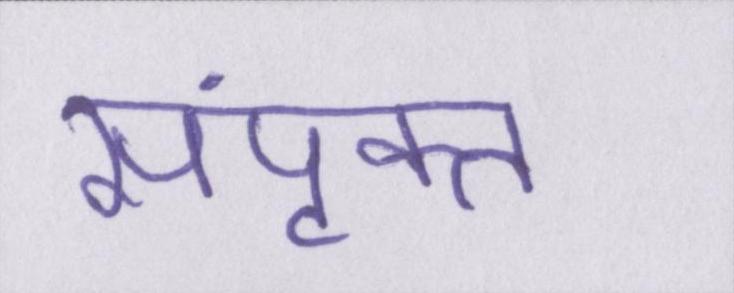
संपृक्त